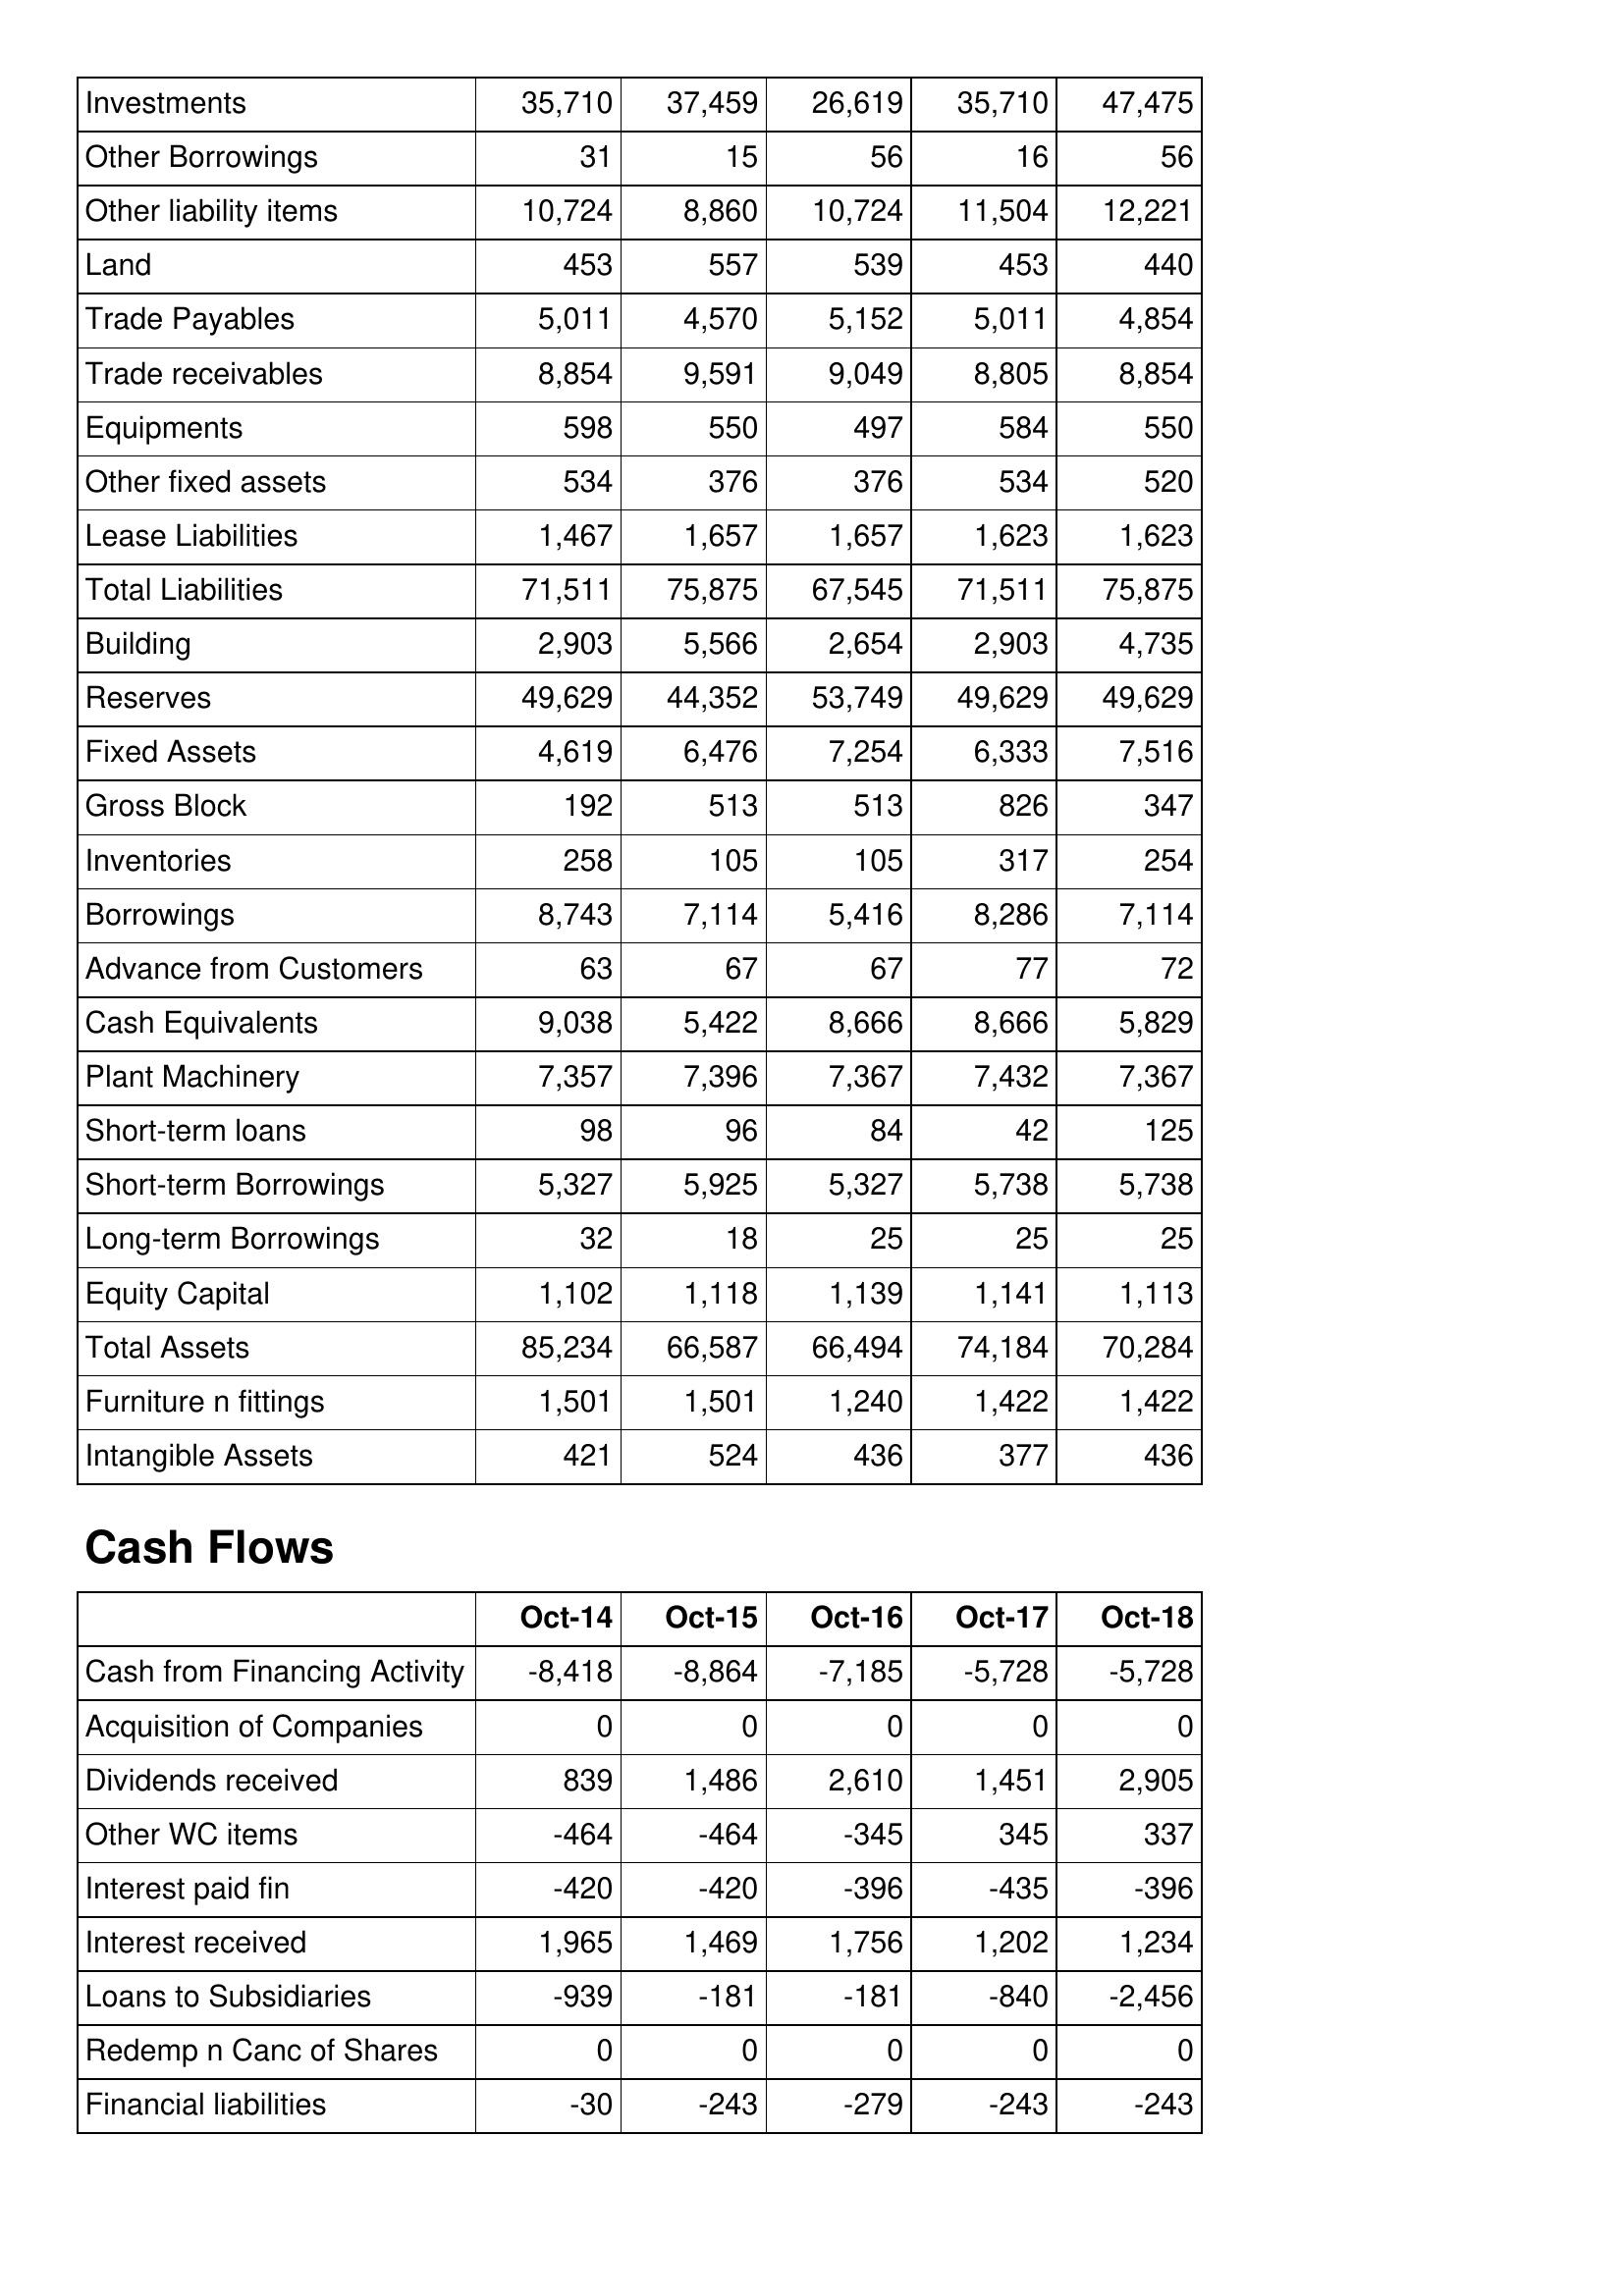
Oct-14: Balance Sheet: Investments: 35,710
Other Borrowings: 31
Other liability items: 10,724
Land: 453
Trade Payables: 5,011
Trade receivables: 8,854
Equipments: 598
Other fixed assets: 534
Lease Liabilities: 1,467
Total Liabilities: 71,511
Building: 2,903
Reserves: 49,629
Fixed Assets: 4,619
Gross Block: 192
Inventories: 258
Borrowings: 8,743
Advance from Customers: 63
Cash Equivalents: 9,038
Plant Machinery: 7,357
Short-term loans: 98
Short-term Borrowings: 5,327
Long-term Borrowings: 32
Equity Capital: 1,102
Total Assets: 85,234
Furniture n fittings: 1,501
Intangible Assets: 421
Cash Flows: Cash from Financing Activity: -8,418
Acquisition of Companies: 0
Dividends received: 839
Other WC items: -464
Interest paid fin: -420
Interest received: 1,965
Loans to Subsidiaries: -939
Redemp n Canc of Shares: 0
Financial liabilities: -30
Oct-15: Balance Sheet: Investments: 37,459
Other Borrowings: 15
Other liability items: 8,860
Land: 557
Trade Payables: 4,570
Trade receivables: 9,591
Equipments: 550
Other fixed assets: 376
Lease Liabilities: 1,657
Total Liabilities: 75,875
Building: 5,566
Reserves: 44,352
Fixed Assets: 6,476
Gross Block: 513
Inventories: 105
Borrowings: 7,114
Advance from Customers: 67
Cash Equivalents: 5,422
Plant Machinery: 7,396
Short-term loans: 96
Short-term Borrowings: 5,925
Long-term Borrowings: 18
Equity Capital: 1,118
Total Assets: 66,587
Furniture n fittings: 1,501
Intangible Assets: 524
Cash Flows: Cash from Financing Activity: -8,864
Acquisition of Companies: 0
Dividends received: 1,486
Other WC items: -464
Interest paid fin: -420
Interest received: 1,469
Loans to Subsidiaries: -181
Redemp n Canc of Shares: 0
Financial liabilities: -243
Oct-16: Balance Sheet: Investments: 26,619
Other Borrowings: 56
Other liability items: 10,724
Land: 539
Trade Payables: 5,152
Trade receivables: 9,049
Equipments: 497
Other fixed assets: 376
Lease Liabilities: 1,657
Total Liabilities: 67,545
Building: 2,654
Reserves: 53,749
Fixed Assets: 7,254
Gross Block: 513
Inventories: 105
Borrowings: 5,416
Advance from Customers: 67
Cash Equivalents: 8,666
Plant Machinery: 7,367
Short-term loans: 84
Short-term Borrowings: 5,327
Long-term Borrowings: 25
Equity Capital: 1,139
Total Assets: 66,494
Furniture n fittings: 1,240
Intangible Assets: 436
Cash Flows: Cash from Financing Activity: -7,185
Acquisition of Companies: 0
Dividends received: 2,610
Other WC items: -345
Interest paid fin: -396
Interest received: 1,756
Loans to Subsidiaries: -181
Redemp n Canc of Shares: 0
Financial liabilities: -279
Oct-17: Balance Sheet: Investments: 35,710
Other Borrowings: 16
Other liability items: 11,504
Land: 453
Trade Payables: 5,011
Trade receivables: 8,805
Equipments: 584
Other fixed assets: 534
Lease Liabilities: 1,623
Total Liabilities: 71,511
Building: 2,903
Reserves: 49,629
Fixed Assets: 6,333
Gross Block: 826
Inventories: 317
Borrowings: 8,286
Advance from Customers: 77
Cash Equivalents: 8,666
Plant Machinery: 7,432
Short-term loans: 42
Short-term Borrowings: 5,738
Long-term Borrowings: 25
Equity Capital: 1,141
Total Assets: 74,184
Furniture n fittings: 1,422
Intangible Assets: 377
Cash Flows: Cash from Financing Activity: -5,728
Acquisition of Companies: 0
Dividends received: 1,451
Other WC items: 345
Interest paid fin: -435
Interest received: 1,202
Loans to Subsidiaries: -840
Redemp n Canc of Shares: 0
Financial liabilities: -243
Oct-18: Balance Sheet: Investments: 47,475
Other Borrowings: 56
Other liability items: 12,221
Land: 440
Trade Payables: 4,854
Trade receivables: 8,854
Equipments: 550
Other fixed assets: 520
Lease Liabilities: 1,623
Total Liabilities: 75,875
Building: 4,735
Reserves: 49,629
Fixed Assets: 7,516
Gross Block: 347
Inventories: 254
Borrowings: 7,114
Advance from Customers: 72
Cash Equivalents: 5,829
Plant Machinery: 7,367
Short-term loans: 125
Short-term Borrowings: 5,738
Long-term Borrowings: 25
Equity Capital: 1,113
Total Assets: 70,284
Furniture n fittings: 1,422
Intangible Assets: 436
Cash Flows: Cash from Financing Activity: -5,728
Acquisition of Companies: 0
Dividends received: 2,905
Other WC items: 337
Interest paid fin: -396
Interest received: 1,234
Loans to Subsidiaries: -2,456
Redemp n Canc of Shares: 0
Financial liabilities: -243